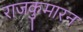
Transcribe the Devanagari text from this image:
राजकुमारन